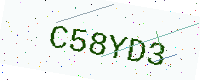
Text: C58YD3